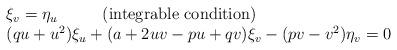
LaTeX: \begin{align*}\begin{array}{l} \xi_v = \eta_u \hspace{1cm} \mbox{ (integrable condition)}\\ ( q u + u^2 ) \xi_u + ( a + 2 u v - p u + q v ) \xi_v - ( p v - v^2 ) \eta_v = 0 \end{array}\end{align*}